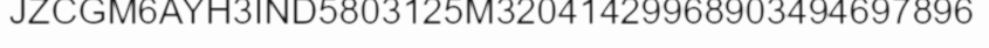
JZCGM6AYH3IND5803125M32041429968903494697896